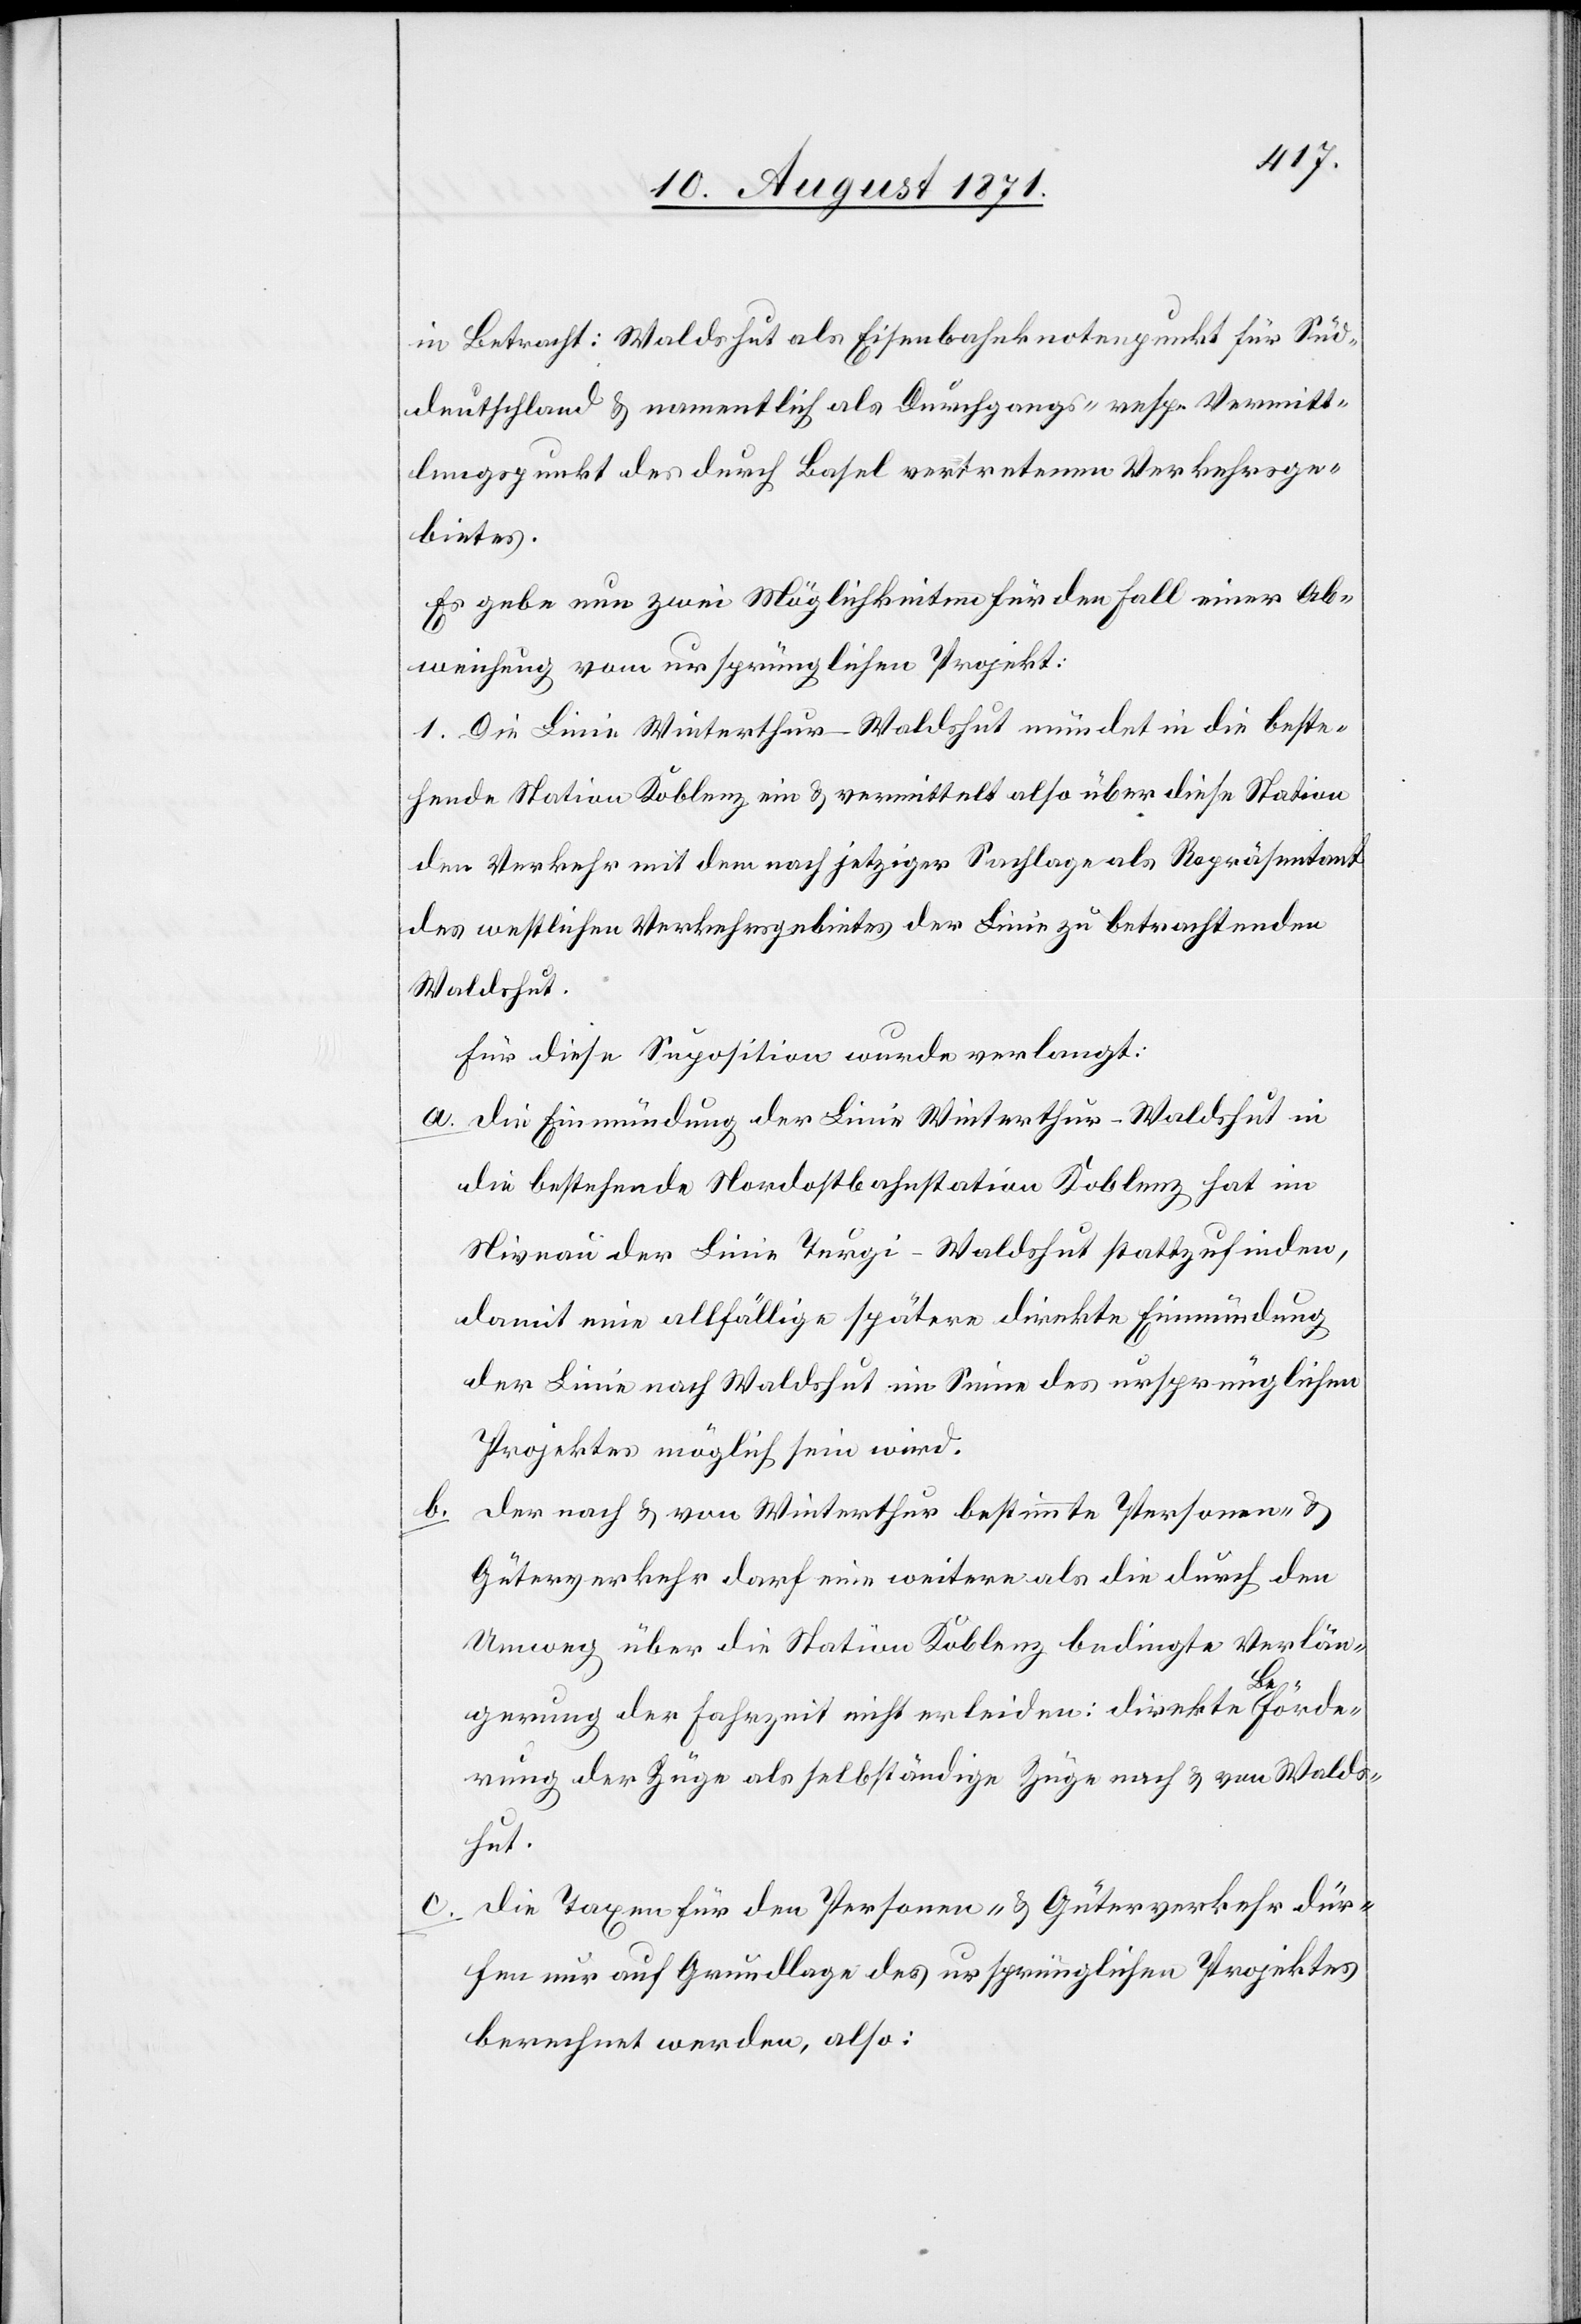
b.

in Betracht: Waldshut als Eisenbahnknotenpunkt für Süd¬
deutschland & namentlich als Durchgangs- resp. Vermitt¬
lungspunkt der durch Basel vertretenen Verkehrsge¬
bietes.
Es gebe nun zwei Möglichkeiten für den Fall einer Ab¬
weisung vom ursprünglichen Projekt:
1. Die Linie Winterthur-Waldshut mündet in die beste¬
hende Station Koblenz ein & vermittelt also über diese Station
den Verkehr mit dem nach jetziger Sachlage als Repräsentant
der westlichen Verkehrsgebietes der Linie zu betrachtenden
Waldshut.
Für diese Suposition wurde verlangt:
a. die Einmündung der Linie Winterthur-Waldshut in
die bestehende Nordostbahnstation Koblenz hat im
Niveau der Linie Turgi–Waldshut stattzufinden,
damit eine allfällige spätere direkte Einmündung
der Linie nach Waldshut im Sinne des ursprünglichen
Projektes möglich sein wird.
der nach & von Winterthur bestimmte Personen- &
Güterverkehr darf eine weitere als die durch den
Umweg über die Station Koblenz bedingte Verlän¬
gerung der Fahrzeit nicht erleiden: direkte Beförde¬
rung der Züge als selbstständige Züge nach & von Walds¬
hut.
c. die Taxen für den Personen- & Güterverkehr dür¬
fen nur auf Grundlage des ursprünglichen Projektes
berechnet werden, also: